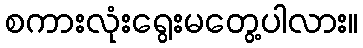
စကားလုံးရွေးမတွေ့ပါလား။